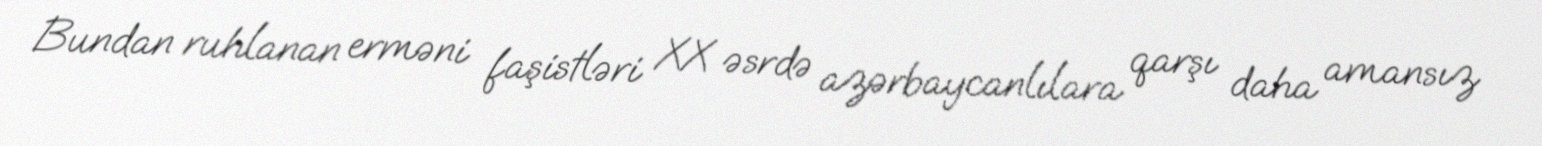
Bundan ruhlanan erməni faşistləri XX əsrdə azərbaycanlılara qarşı daha amansız